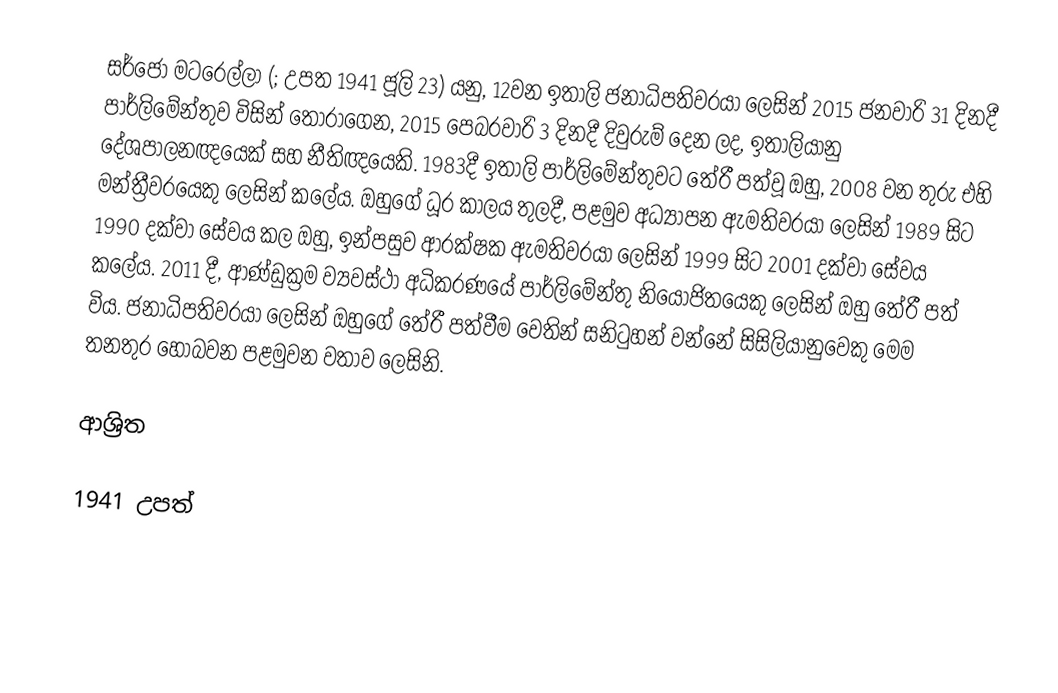
සර්ජෝ මටරෙල්ලා (; උපත 1941 ජූලි 23) යනු, 12වන ඉතාලි ජනාධිපතිවරයා ලෙසින් 2015 ජනවාරි 31 දිනදී පාර්ලිමේන්තුව විසින් තෝරාගෙන, 2015 පෙබරවාරි 3 දිනදී දිවුරුම් දෙන ලද, ඉතාලියානු දේශපාලනඥයෙක් සහ නීතිඥයෙකි. 1983දී ඉතාලි පාර්ලිමේන්තුවට තේරී පත්වූ ඔහු, 2008 වන තුරු එහි මන්ත්‍රීවරයෙකු ලෙසින් කලේය. ඔහුගේ ධූර කාලය තුලදී, පළමුව අධ්‍යාපන ඇමතිවරයා ලෙසින් 1989 සිට 1990 දක්වා සේවය කල  ඔහු, ඉන්පසුව  ආරක්ෂක ඇමතිවරයා ලෙසින් 1999 සිට 2001 දක්වා සේවය කලේය. 2011 දී,  ආණ්ඩුක්‍රම ව්‍යවස්ථා අධිකරණයේ පාර්ලිමේන්තු නියෝජිතයෙකු ලෙසින් ඔහු තේරී පත් විය. ජනාධිපතිවරයා ලෙසින් ඔහුගේ තේරී පත්වීම වෙතින් සනිටුහන් වන්නේ සිසිලියානුවෙකු මෙම තනතුර හොබවන පළමුවන වතාව ලෙසිනි.

ආශ්‍රිත

1941 උපත්